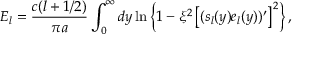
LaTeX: E _ { l } = \frac { c ( l + 1 / 2 ) } { \pi a } \int _ { 0 } ^ { \infty } d y \ln \left\{ 1 - \xi ^ { 2 } \left[ ( s _ { l } ( y ) e _ { l } ( y ) ) ^ { \prime } \right] ^ { 2 } \right\} ,